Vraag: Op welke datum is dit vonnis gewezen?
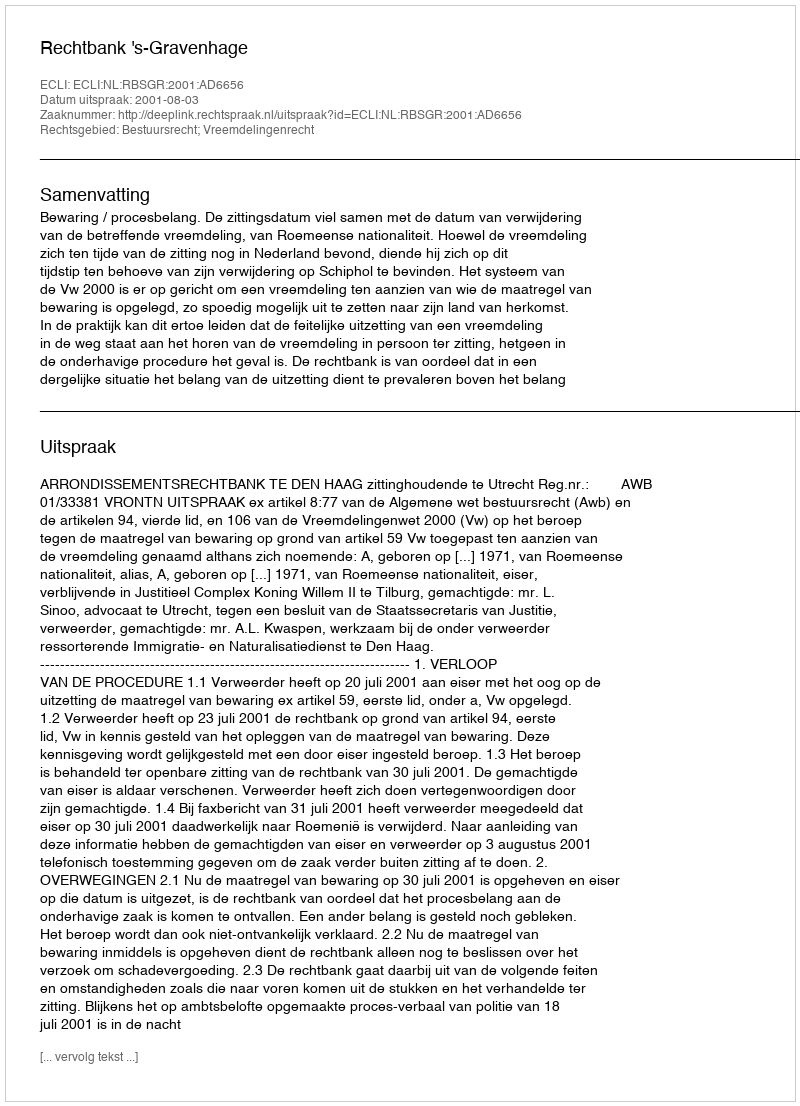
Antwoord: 2001-08-03